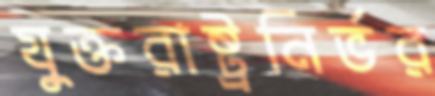
যুক্তরাষ্ট্রনির্ভর